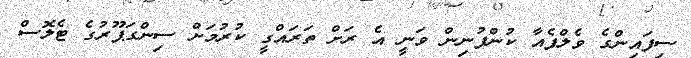
ސިފައިންގެ ވެލްފެއާ ކުންފުނިން ވަނީ އެ ރަށް ތަރައްގީ ކުރުމަށް ސިންގަޕޫރުގެ ޓެލޮސް